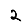
Digit: 2